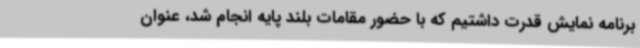
برنامه نمایش قدرت داشتیم که با حضور مقامات بلند پایه انجام شد، عنوان